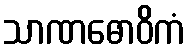
သာဏဓောဝိကံ